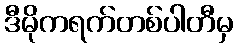
ဒီမိုကရက်တစ်ပါတီမှ